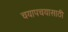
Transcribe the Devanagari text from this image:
चयापचयासाठी